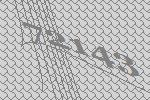
72143